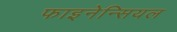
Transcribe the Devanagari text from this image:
फाइनेन्सियल